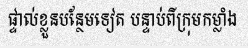
ផ្ទាល់ខ្លួនបន្ថែមទៀត បន្ទាប់ពីក្រុមកម្លាំង